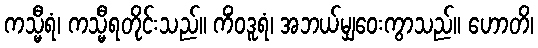
ကသ္မီရံ၊ ကသ္မီရတိုင်းသည်။ ကိံဝဒူရံ၊ အဘယ်မျှဝေးကွာသည်။ ဟောတိ၊